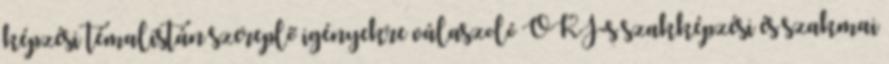
képzési témalistán szereplő igényekre válaszoló OKJ-s szakképzési és szakmai